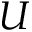
\boldsymbol { U }